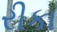
રીકા